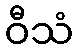
ဝီသံ